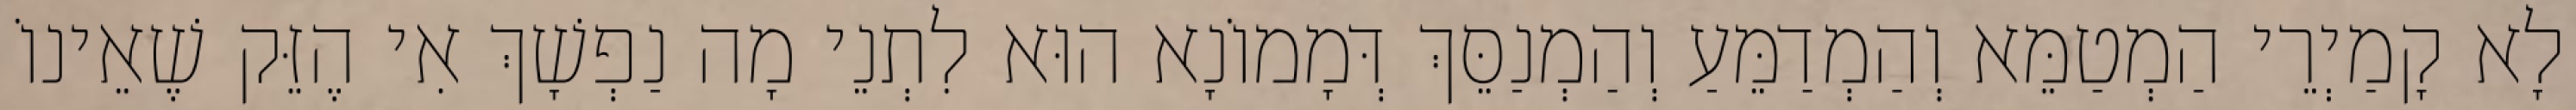
לָא קָמַיְרֵי הַמְטַמֵּא וְהַמְדַמֵּעַ וְהַמְנַסֵּךְ דְּמָמוֹנָא הוּא לִתְנֵי מָה נַפְשָׁךְ אִי הֶזֵּק שֶׁאֵינוֹ